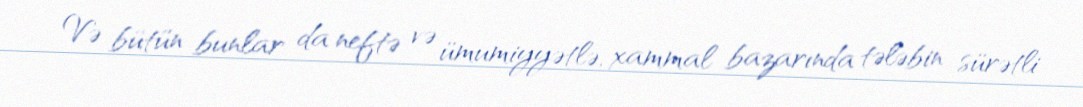
Və bütün bunlar da neftə və ümumiyyətlə, xammal bazarında tələbin sürətli